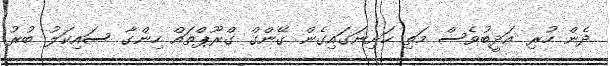
ދެން ހުރި އަދީބުވެސް މަތި ހަށިނަގައިގެން ގޭންގް ގްރޫޕްތައް ހިންގާ ސައިކަލު ބުރު